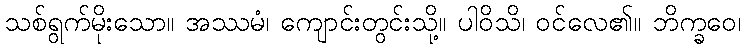
သစ်ရွက်မိုးသော။ အဿမံ၊ ကျောင်းတွင်းသို့။ ပါဝိသိ၊ ဝင်လေ၏။ ဘိက္ခဝေ၊